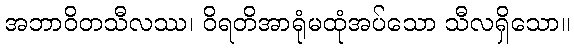
အဘာဝိတသီလဿ၊ ဝိရတိအာရုံမထုံအပ်သော သီလရှိသော။